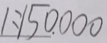
1 : 1 5 0 . 0 0 0